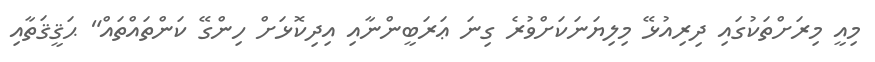
މިއީ މިރަށްތަކުގައި ދިރިއުޅޭ މިލިޔަނަކަށްވުރެ ގިނަ ޢަރަބީންނާއި އިދިކޮޅަށް ހިންގޭ ކަންތައްތައް" ޙަޤީޤަތާއި